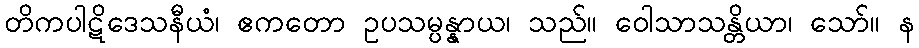
တိကပါဋိဒေသနီယံ၊ ဧကတော ဥပသမ္ပန္နာယ၊ သည်။ ဝေါသာသန္တိယာ၊ သော်။ န